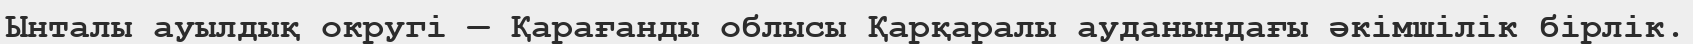
Ынталы ауылдық округі — Қарағанды облысы Қарқаралы ауданындағы әкімшілік бірлік.